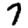
Digit: 7